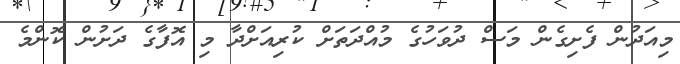
މިއަދުން ފެށިގެން މަސް ދުވަހުގެ މުއްދަތަށް ކުރިއަށްދާ މި އޮފާގެ ދަށުން ކޮންމެ